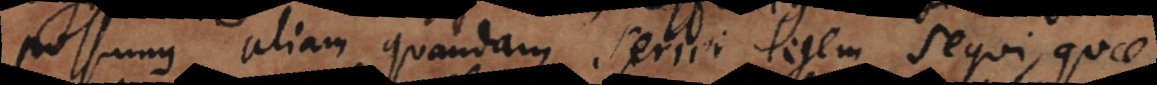
possumus aliam quandam seriei legem sequi, quae